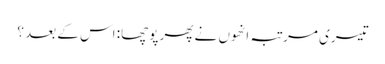
تیسری مرتبہ انھوں نے پھر پوچھا: اس کے بعد ؟